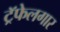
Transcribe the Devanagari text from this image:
ट्रॅफेलगार